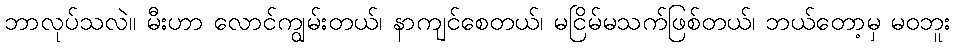
ဘာလုပ်သလဲ။ မီးဟာ လောင်ကျွမ်းတယ်၊ နာကျင်စေတယ်၊ မငြိမ်မသက်ဖြစ်တယ်၊ ဘယ်တော့မှ မဝဘူး